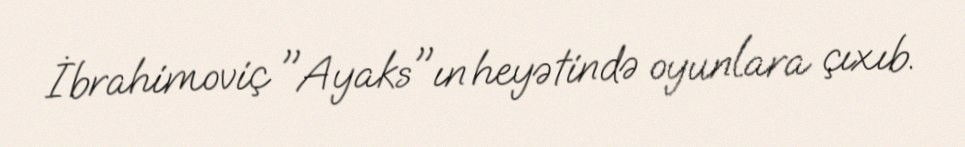
İbrahimoviç "Ayaks"ın heyətində oyunlara çıxıb.